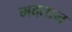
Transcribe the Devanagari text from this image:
मदतान